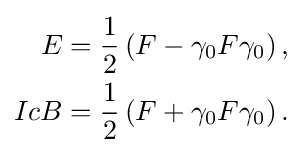
{\begin{aligned}E={\frac {1}{2}}\left(F-\gamma _{0}F\gamma _{0}\right),\\IcB={\frac {1}{2}}\left(F+\gamma _{0}F\gamma _{0}\right).\end{aligned}}